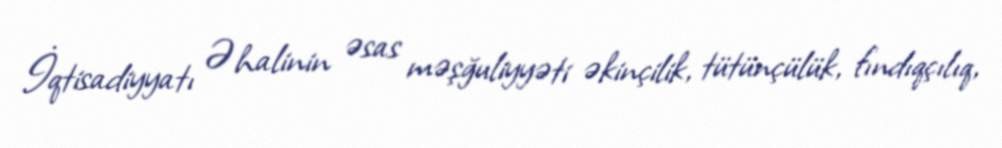
İqtisadiyyatı Əhalinin əsas məşğuliyyəti əkinçilik, tütünçülük, fındıqçılıq,